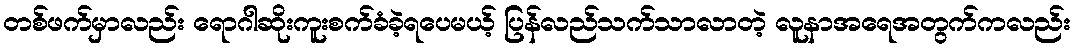
တစ်ဖက်မှာလည်း ရောဂါဆိုးကူးစက်ခံခဲ့ရပေမယ့် ပြန်လည်သက်သာလာတဲ့ လူနာအရေအတွက်ကလည်း